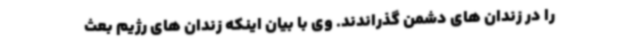
را در زندان های دشمن گذراندند. وی با بیان اینکه زندان های رژیم بعث